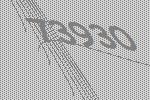
73930